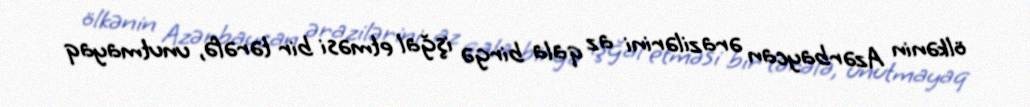
ölkənin Azərbaycan ərazilərini az qala birgə işğal etməsi bir tərəfə, unutmayaq